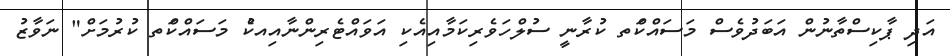
އަދި ޕާކިސްތާނުން އަބަދުވެސް މަސައްކަްތ ކުރާނީ ސުލްހަވެރިކަމާއިއެކި އަވައްޓެރިންނާއިއކެު މަސައްކަްތ ކުރުމަށް" ނަވާޒު